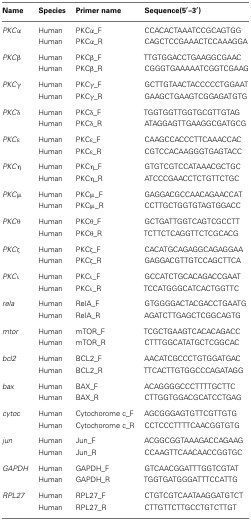
<table><thead><tr><td><b>Name</b></td><td><b>Species</b></td><td><b>Primer name</b></td><td><b>Sequence(5′–3′)</b></td></tr></thead><tbody><tr><td><i>PKC</i>α</td><td>Human</td><td>PKCα_F</td><td>CCACACTAAATCCGCAGTGG</td></tr><tr><td></td><td>Human</td><td>PKCα_R</td><td>CAGCTCCGAAACTCCAAAGGA</td></tr><tr><td><i>PKC</i>β</td><td>Human</td><td>PKCβ_F</td><td>TTGTGGACCTGAAGGCGAAC</td></tr><tr><td></td><td>Human</td><td>PKCβ_R</td><td>CGGGTGAAAAATCGGTCGAAG</td></tr><tr><td><i>PKC</i>γ</td><td>Human</td><td>PKCγ_F</td><td>GCTTGTAACTACCCCCTGGAAT</td></tr><tr><td></td><td>Human</td><td>PKCγ_R</td><td>GAAGCTGAAGTCGGAGATGTG</td></tr><tr><td><i>PKC</i>δ</td><td>Human</td><td>PKCδ_F</td><td>TGGTGGTTGGTGCGTTGTAG</td></tr><tr><td></td><td>Human</td><td>PKCδ_R</td><td>ATAGGAGTTGAAGGCGATGCG</td></tr><tr><td><i>PKC</i>ε</td><td>Human</td><td>PKCε_F</td><td>CAAGCCACCCTTCAAACCAC</td></tr><tr><td></td><td>Human</td><td>PKCε_R</td><td>CGTCCACAAGGGTGAGTACC</td></tr><tr><td><i>PKC</i>η</td><td>Human</td><td>PKCη_F</td><td>GTGTCGTCCATAAACGCTGC</td></tr><tr><td></td><td>Human</td><td>PKCη_R</td><td>ATCCCGAACCTCTGTTCTGC</td></tr><tr><td><i>PKC</i>μ</td><td>Human</td><td>PKCμ_F</td><td>GAGGACGCCAACAGAACCAT</td></tr><tr><td></td><td>Human</td><td>PKCμ_R</td><td>CCTTGCTGGTGTAGTGGACC</td></tr><tr><td><i>PKC</i>θ</td><td>Human</td><td>PKCθ_F</td><td>GCTGATTGGTCAGTCGCCTT</td></tr><tr><td></td><td>Human</td><td>PKCθ_R</td><td>TCTTCTCAGGTTCTCGCACG</td></tr><tr><td><i>PKC</i>ζ</td><td>Human</td><td>PKCζ_F</td><td>CACATGCAGAGGCAGAGGAA</td></tr><tr><td></td><td>Human</td><td>PKCζ_R</td><td>GAGGACGTTGTCCAGCTTCA</td></tr><tr><td><i>PKC</i>ι</td><td>Human</td><td>PKCι_F</td><td>GCCATCTGCACAGACCGAAT</td></tr><tr><td></td><td>Human</td><td>PKCι_R</td><td>TCCATGGGCATCACTGGTTC</td></tr><tr><td><i>rela</i></td><td>Human</td><td>RelA_F</td><td>GTGGGGACTACGACCTGAATG</td></tr><tr><td></td><td>Human</td><td>RelA_R</td><td>AGATCTTGAGCTCGGCAGTG</td></tr><tr><td><i>mtor</i></td><td>Human</td><td>mTOR_F</td><td>TCGCTGAAGTCACACAGACC</td></tr><tr><td></td><td>Human</td><td>mTOR_R</td><td>CTTTGGCATATGCTCGGCAC</td></tr><tr><td><i>bcl2</i></td><td>Human</td><td>BCL2_F</td><td>AACATCGCCCTGTGGATGAC</td></tr><tr><td></td><td>Human</td><td>BCL2_R</td><td>TTCACTTGTGGCCCAGATAGG</td></tr><tr><td><i>bax</i></td><td>Human</td><td>BAX_F</td><td>ACAGGGGCCCTTTTGCTTC</td></tr><tr><td></td><td>Human</td><td>BAX_R</td><td>CTTGGTGGACGCATCCTGAG</td></tr><tr><td><i>cytoc</i></td><td>Human</td><td>Cytochorome c_F</td><td>AGCGGGAGTGTTCGTTGTG</td></tr><tr><td></td><td>Human</td><td>Cytochorome c_R</td><td>CCTCCCTTTTCAACGGTGTG</td></tr><tr><td><i>jun</i></td><td>Human</td><td>Jun_F</td><td>ACGGCGGTAAAGACCAGAAG</td></tr><tr><td></td><td>Human</td><td>Jun_R</td><td>CCAAGTTCAACAACCGGTGC</td></tr><tr><td><i>GAPDH</i></td><td>Human</td><td>GAPDH_F</td><td>GTCAACGGATTTGGTCGTAT</td></tr><tr><td></td><td>Human</td><td>GAPDH_R</td><td>TGGTGATGGGATTTCCATTG</td></tr><tr><td><i>RPL27</i></td><td>Human</td><td>RPL27_F</td><td>CTGTCGTCAATAAGGATGTCT</td></tr><tr><td></td><td>Human</td><td>RPL27_R</td><td>CTTGTTCTTGCCTGTCTTGT</td></tr></tbody></table>